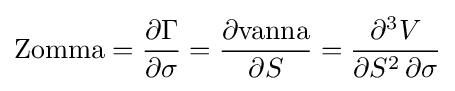
{\text{Zomma}}={\frac {\partial \Gamma }{\partial \sigma }}={\frac {\partial {\text{vanna}}}{\partial S}}={\frac {\partial ^{3}V}{\partial S^{2}\,\partial \sigma }}